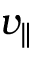
v _ { \parallel }